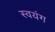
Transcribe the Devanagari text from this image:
स्वयंग